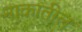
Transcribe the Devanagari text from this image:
नाकांतील